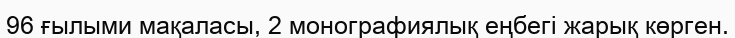
96 ғылыми мақаласы, 2 монографиялық еңбегі жарық көрген.